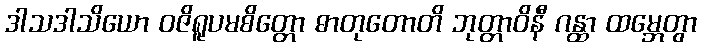
ဒါသဒါသိယော ဝဇိရူပမစိတ္တော ဓာတုတောတိ ဘုတ္တာဝိနီ ဂန္ထာ ထမ္ဘေတွာ